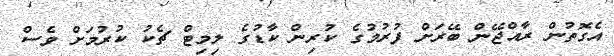
އެގޮތުން ރާއްޖޭން ބޭރަށް ފުރުމުގެ ކުރިން ކާޑުގެ ލިމިޓް ޗެކު ކުރުމަށް ވެސް